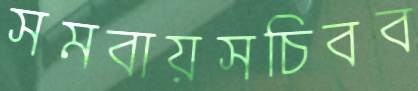
সমবায়সচিবব